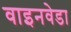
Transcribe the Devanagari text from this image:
वाइनवेडा